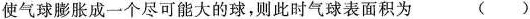
使气球膨胀成一个尽可能大的球，则此时气球表面积为 ()